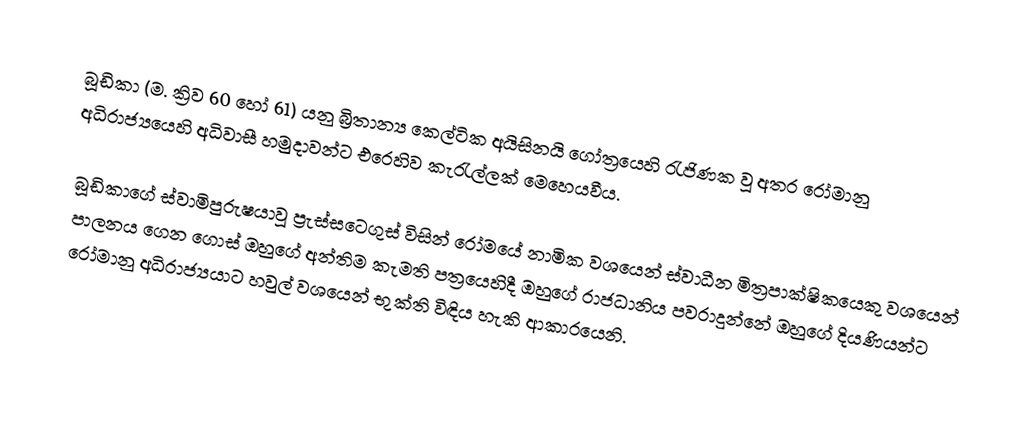
බූඩිකා (ම. ක්‍රිව 60 හෝ 61) යනු බ්‍රිතාන්‍ය කෙල්ටික අයිසිනයි ගෝත්‍රයෙහි රැජිණක වූ අතර රෝමානු අධිරාජ්‍යයෙහි අධිවාසී හමුදාවන්ට එරෙහිව කැරැල්ලක් මෙහෙයවීය.

බූඩිකාගේ ස්වාමිපුරුෂයාවූ  ප්‍රැස්සටෙගුස් විසින් රෝමයේ නාමික වශයෙන් ස්වාධීන මිත්‍රපාක්ෂිකයෙකු වශයෙන් පාලනය ගෙන ගොස් ඔහුගේ අන්තිම කැමති පත්‍රයෙහිදී ඔහුගේ රාජධානිය පවරාදුන්නේ ඔහුගේ දියණියන්ට රෝමානු අධිරාජ්‍යයාට හවුල් වශයෙන් භුක්ති විඳිය හැකි ආකාරයෙනි.